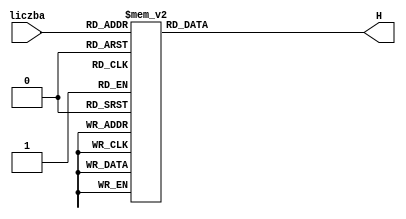
module decoder_hex_16(
    input [3:0] liczba,
    output reg [0:6] H);
    always @(*)
        case (liczba)
            0: H = 7'b0000001;
            1: H = 7'b1001111;
            2: H = 7'b0010010;
            3: H = 7'b0000110;
            4: H = 7'b1001100;
            5: H = 7'b0100100;
            6: H = 7'b0100000;
            7: H = 7'b0001111;
            8: H = 7'b0000000;
            9: H = 7'b0000100;
            10: H = 7'b0001000;
            11: H = 7'b1100000;
            12: H = 7'b0110001;
            13: H = 7'b1000010;
            14: H = 7'b0110000;
            15: H = 7'b0111000;
            default: H = 7'b1111111;
            endcase
endmodule
 
module my_ram32x4_3(
    input [4:0] Address,
    input clk,
    input [3:0] DataIn,
    input Write,
    output [3:0] DataOut);
   
    reg [3:0] memory_array[31:0];
   
    reg [4:0] reg_Address;
    reg [3:0] reg_DataIn;
    reg reg_Write;
   
    always @(posedge clk)
    begin
        reg_Address <= Address;
        reg_DataIn <= DataIn;
        reg_Write <= Write;
    end
   
    always @(*)
        if (reg_Write) memory_array[reg_Address] = reg_DataIn;
   
    assign DataOut = memory_array[reg_Address];
   
endmodule
 
module PS8_ZAD1(
    input [9:0] SW,
    input [1:0] KEY,
    output [0:6] HEX0,HEX2,HEX4,HEX5);
   
    wire [3:0] h0;
   
    my_ram32x4_3 exm(SW[8:4],KEY[0],SW[3:0],SW[9],h0);
   
    decoder_hex_16 d5({3'b000,SW[8]},HEX5);
    decoder_hex_16 d4(SW[7:4],HEX4);
    decoder_hex_16 d2(SW[3:0],HEX2);
    decoder_hex_16 d0(h0,HEX0);
endmodule